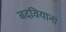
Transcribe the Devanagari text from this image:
बदवियाना